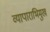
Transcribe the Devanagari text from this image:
व्यापाराभिमुख